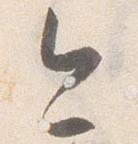
今